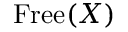
\mathrm { F r e e } ( X )